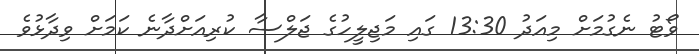
ވޯޓު ނެގުމަށް މިއަދު 13:30 ގައި މަޖިލީހުގެ ޖަލްސާ ކުރިއަށްދާނެ ކަމަށް ވިދާޅުވެ